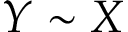
Y \sim X